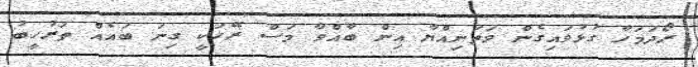
ރޯދަމަހާ ގުޅުވައިގެން ވަތަނިއްޔާ އިން ބާއްވާ މަސް ރޭހަކީ ގިނަ ބައެއް ތަރުހީބު